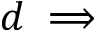
d \implies